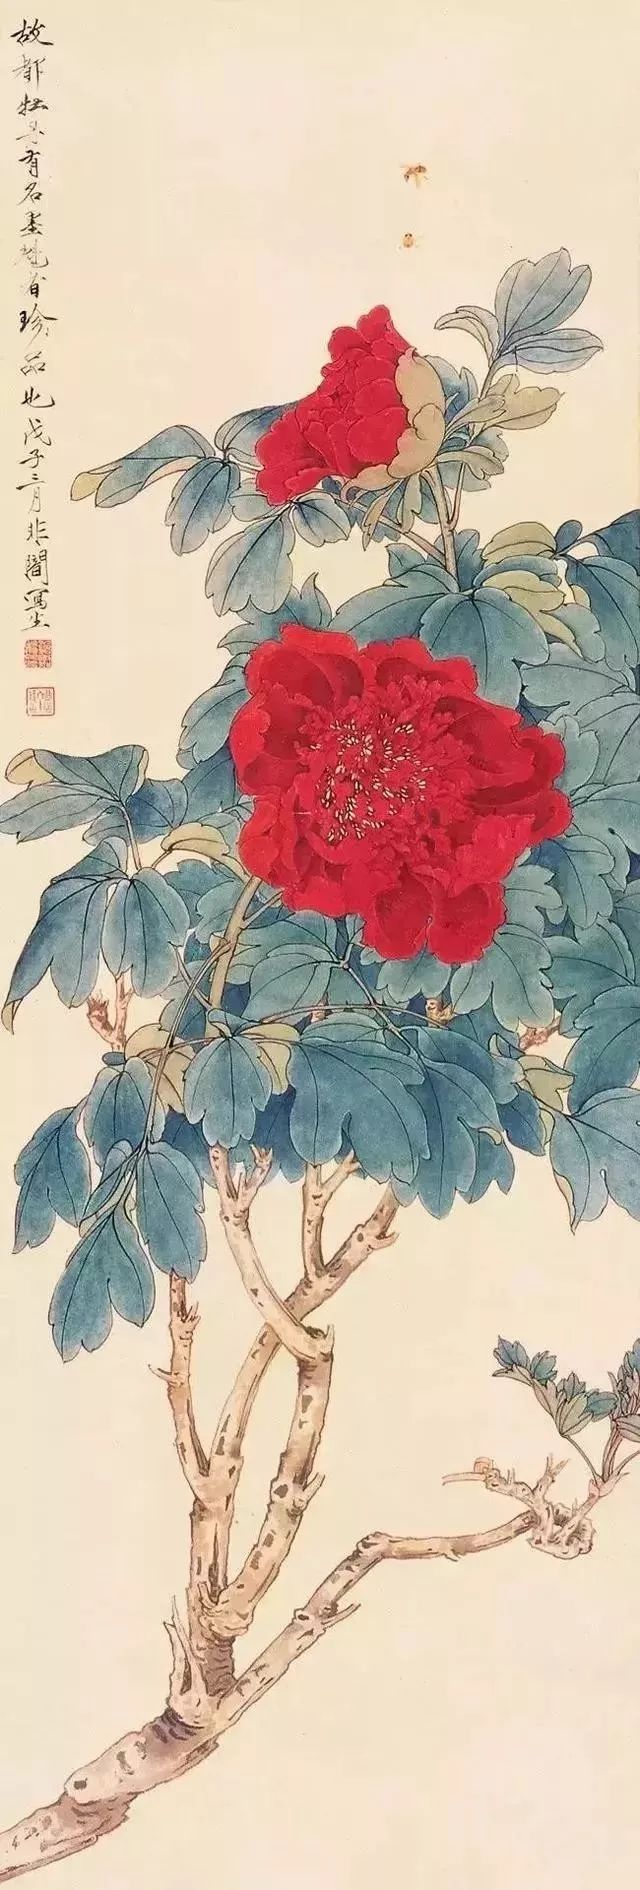
唯明主为能爱其所爱，闇主则必危其所爱。